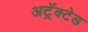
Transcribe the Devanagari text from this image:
अट्रॅक्टेड